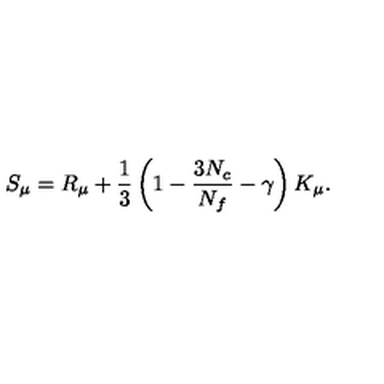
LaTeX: S _ { \mu } = R _ { \mu } + \frac { 1 } { 3 } \left( 1 - \frac { 3 N _ { c } } { N _ { f } } - \gamma \right) K _ { \mu } .